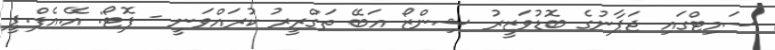
ސަމިޓްގައި ޖަޕާނުގެ ބޮޑުވަޒީރު ޝިންޒޯ އަބޭ ތަގްރީރު ކުރައްވަނީ - ފޮޓޯ: އޭ.އެފް.ޕީ